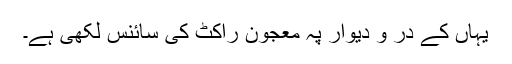
یہاں کے در و دیوار پہ معجون راکٹ کی سائنس لکھی ہے۔